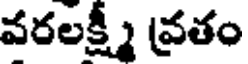
వరలక్ష్మీ వ్రతం